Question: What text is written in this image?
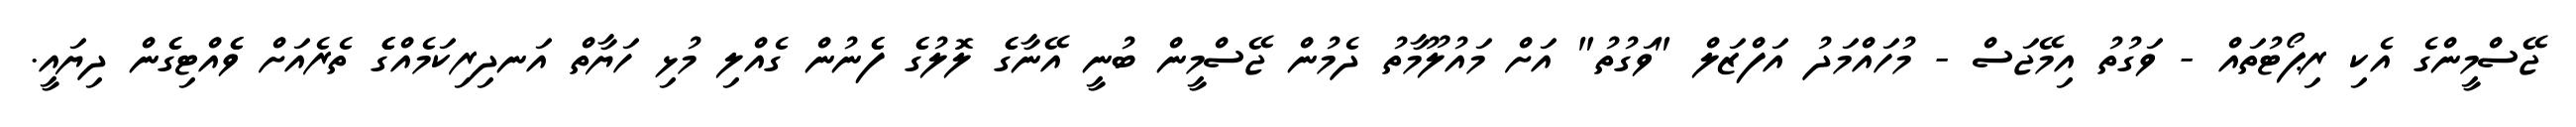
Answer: ޖޭސްމީންގެ އެކި ރިޕޯޓުތައް - ވަގުތު އިމޭޖަސް - މުހައްމަދު އަފްޒަލް "ވަގުތު" އަށް މައުލޫމާތު ދެމުން ޖޭސްމީން ބުނީ އޭނާގެެ ލޮލުގެެ ފެެނުން ގެއްލި މުޅި ހަޔާތް އަނދިރިކަމެއްގެެެ ތެރެއަށް ވެެއްޓިގެެން ދިޔައީ.